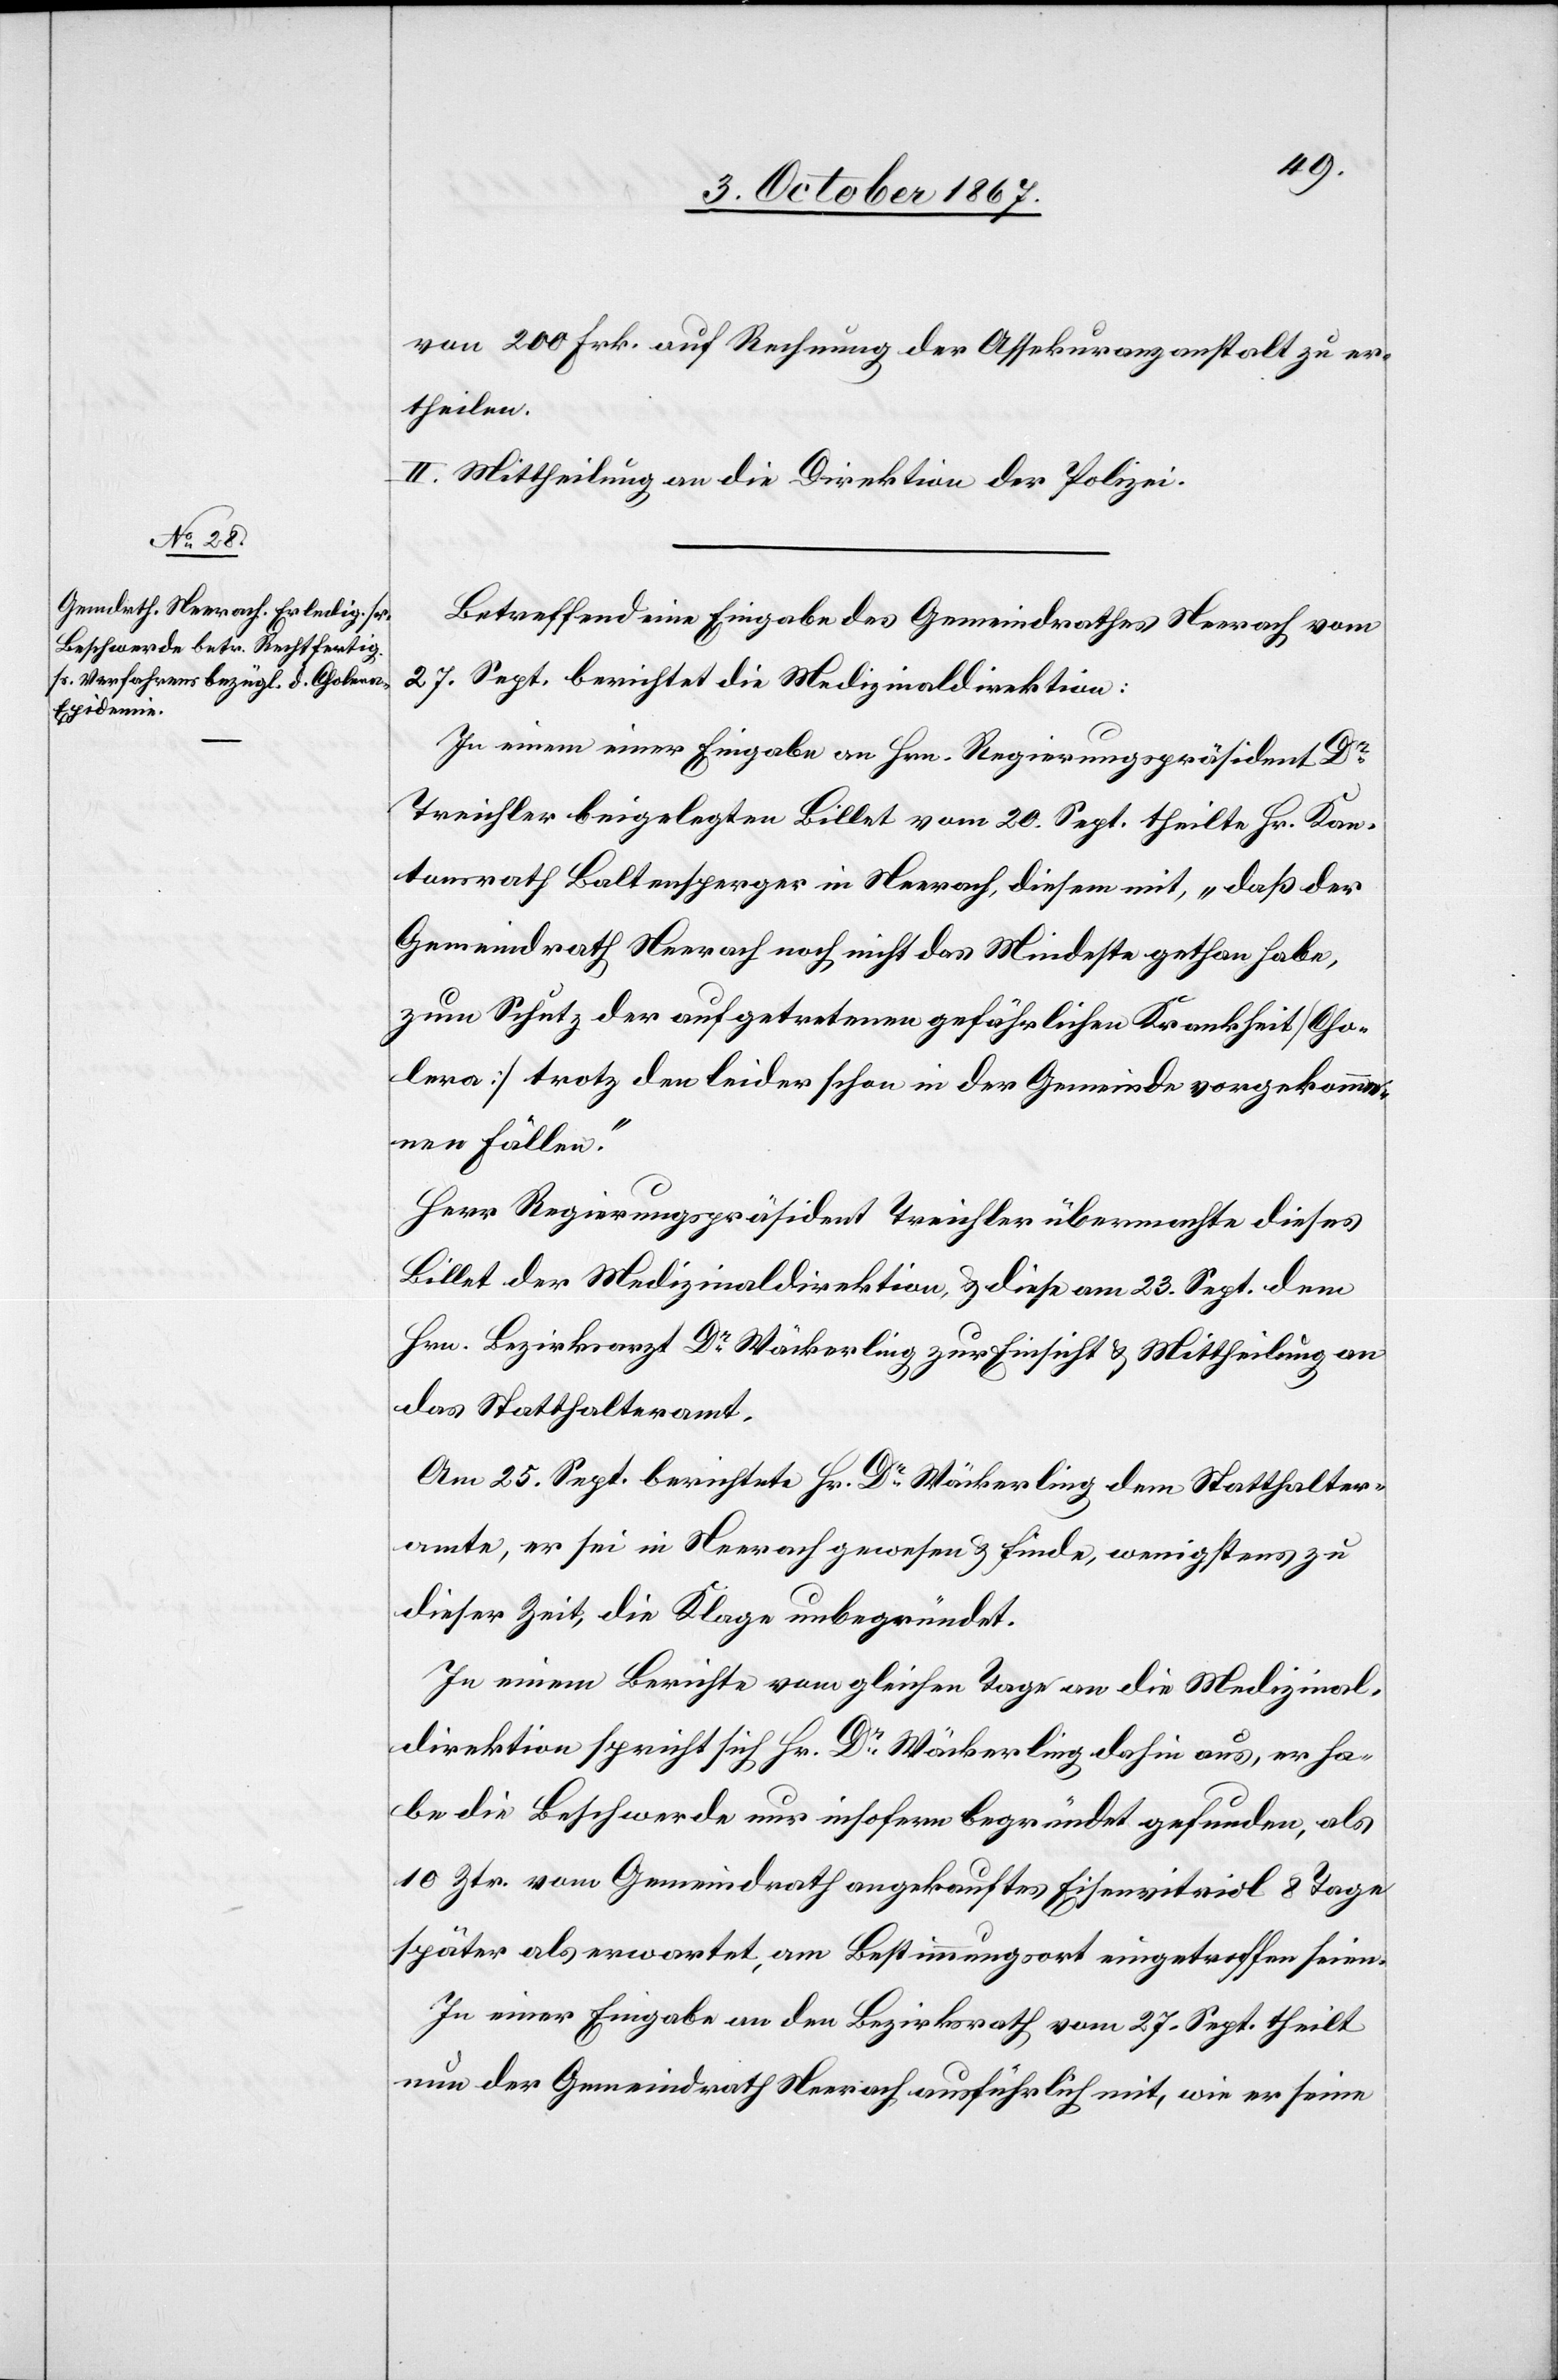
von 200 Frk. auf Rechnung der Assekuranzanstalt zu er¬
theilen.
II. Mittheilung an die Direktion der Polizei.
Betreffend eine Eingabe des Gemeindrathes Neerach vom
27. Sept. berichtet die Medizinaldirektion:
In einem einer Eingabe an Hrn. Regierungspräsident Dr
Treichler beigelegten Billet vom 20. Sept. theilte Hr. Kan¬
tonsrath Baltensperger in Neerach diesem mit, „daß der
Gemeindrath Neerach noch nicht das Mindeste gethan habe,
zum Schutz der aufgetretenen gefährlichen Krankheit [Cho¬
lera] trotz den beiden schon in der Gemeinde vorgekomme¬
nen Fällen.“
Herr Regierungspräsident Treichler übermachte dieses
Billet der Medizinaldirektion, u. diese am 23. Sept. dem
Hrn. Bezirksarzt Dr Wäckerling zur Einsicht u. Mittheilung an
das Statthalteramt.
Am 25. Sept. berichtete Hr. Dr Wäckerling dem Statthalter¬
amte, er sei in Neerach gewesen u. finde, wenigstens zu
dieser Zeit, die Klage unbegründet.
In einem Berichte vom gleichen Tage an die Medizinal¬
direktion spricht sich Hr. Dr Wäckerling dahin aus, er ha¬
be die Beschwerde nur insofern begründet gefunden, als
10 Ztr. vom Gemeindrath angekauftes Eisenvitriol 8 Tage
später als erwartet, am Bestimmungsort eingetroffen seien.
In einer Eingabe an den Bezirksrath vom 27. Sept. theilt
nun der Gemeindrath Neerach ausführlich mit, wie er seine